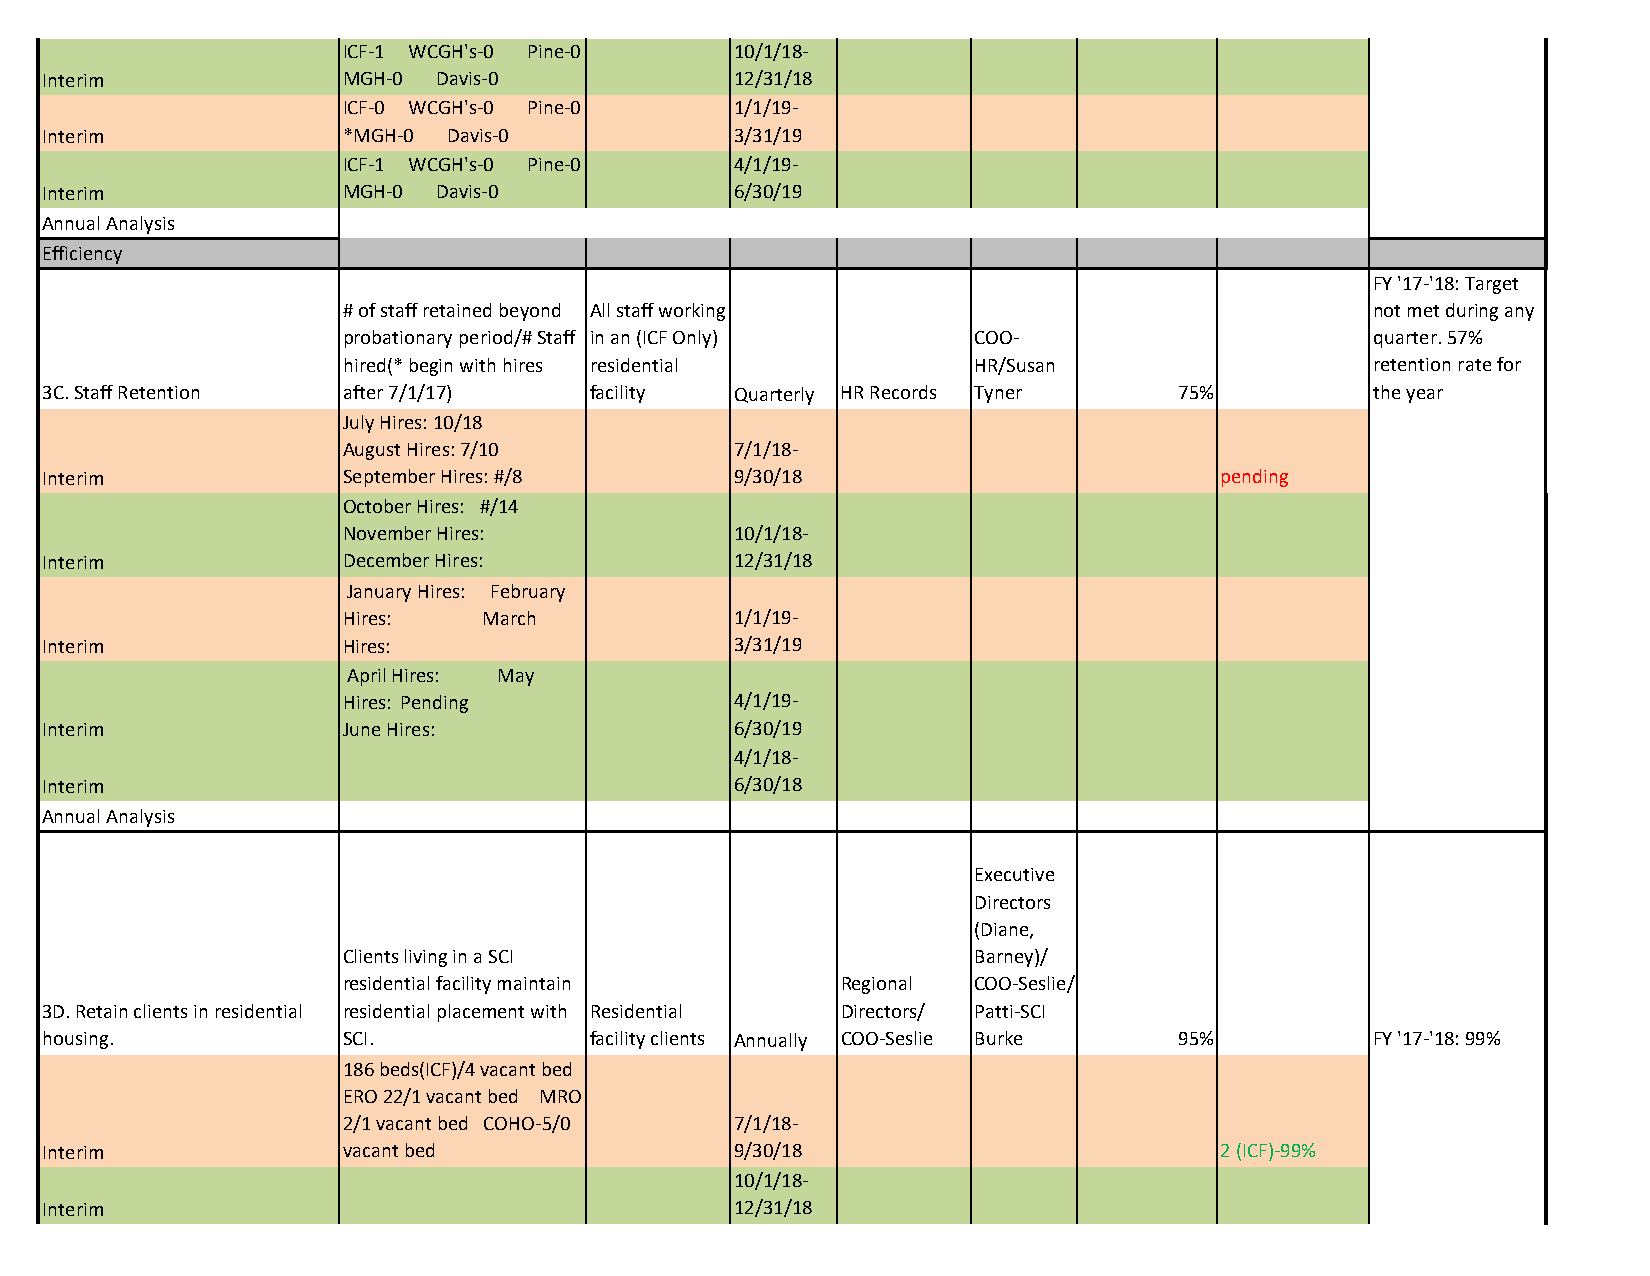
ICF-1 WCGH's-0 Pine-0     10/1/18-
 Interim             MGH-0 Davis-0             12/31/18
 ICF-0 WCGH's-0 Pine-0     1/1/19-
 Interim             *MGH-0 Davis-0            3/31/19
 ICF-1 WCGH's-0 Pine-0     4/1/19-
 Interim             MGH-0 Davis-0             6/30/19
 Annual Analysis
 Efficiency
 FY '17-'18: Target
 # of staff retained beyond All staff working                        not met during any
 probationary period/# Staff in an (ICF Only) COO-                   quarter. 57%
 hired(* begin with hires residential      HR/Susan                  retention rate for
 3C. Staff Retention after 7/1/17)   facility  Quarterly HR Records Tyner   75%          the year
 July Hires: 10/18
 August Hires: 7/10        7/1/18-
 Interim             September Hires: #/8      9/30/18                         pending
 October Hires: #/14
 November Hires:           10/1/18-
 Interim             December Hires:           12/31/18
 January Hires: February
 Hires:   March            1/1/19-
 Interim             Hires:                    3/31/19
 April Hires: May
 Hires: Pending            4/1/19-
 Interim             June Hires:               6/30/19
 4/1/18-
 Interim                                       6/30/18
 Annual Analysis
 Executive
 Directors
 (Diane,
 Clients living in a SCI                   Barney)/
 residential facility maintain    Regional COO-Seslie/
 3D. Retain clients in residential residential placement with Residential Directors/ Patti-SCI
 housing.            SCI.            facility clients Annually COO-Seslie Burke 95%      FY '17-'18: 99%
 186 beds(ICF)/4 vacant bed
 ERO 22/1 vacant bed MRO
 2/1 vacant bed COHO-5/0   7/1/18-
 Interim             vacant bed                9/30/18                         2 (ICF)-99%
 10/1/18-
 Interim                                       12/31/18